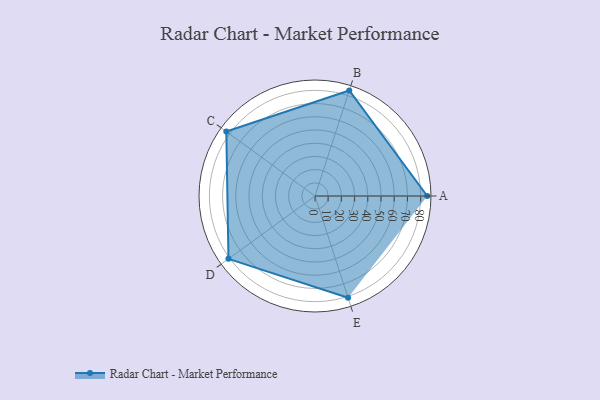
{"axis": {"x": "Skill", "y": "Score"}, "legend": ["Profile"], "data": [{"x": "A", "y": 85.0, "type": "Profile"}, {"x": "B", "y": 84.0, "type": "Profile"}, {"x": "C", "y": 83.0, "type": "Profile"}, {"x": "D", "y": 81.0, "type": "Profile"}, {"x": "E", "y": 81.0, "type": "Profile"}]}